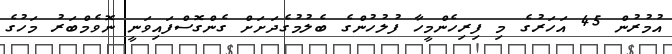
އުމުރުން 45 އަހަރުގެ މި ފިރިހެންމީހާ ފުލުހުންގެ ބެލުމުގެދަށަށް ގެންގޮސްފައިވަނީ ނޮވެމްބަރު މަހުގެ